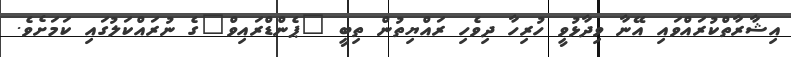
އިޝާރާތްކުރައްވައި އޭނާ ވިދާޅުވީ ހުރިހާ ދިވެހި ރައްޔިތުން ތިބީ "ޕެންޑްރައިވް"ގެ ނުރައްކަލުގައި ކަމަށެވެ.